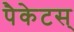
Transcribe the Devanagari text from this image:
पैकेटस्